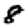
Digit: 8